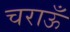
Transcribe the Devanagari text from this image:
चराऊँ